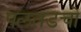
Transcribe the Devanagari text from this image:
पलतडचो